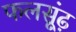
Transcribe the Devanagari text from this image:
फलसूंढ़